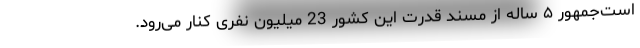
است‌جمهور ۵ ساله از مسند قدرت این کشور 23 میلیون نفری کنار می‌رود.